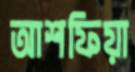
আশফিয়া